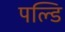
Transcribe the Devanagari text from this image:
पल्डि